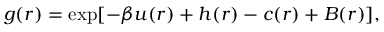
g ( r ) = \exp [ - \beta u ( r ) + h ( r ) - c ( r ) + B ( r ) ] ,